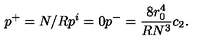
p ^ { + } = N / R p ^ { i } = 0 p ^ { - } = { \frac { 8 r _ { 0 } ^ { 4 } } { R N ^ { 3 } } } c _ { 2 } .